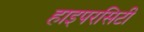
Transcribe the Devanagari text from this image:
हाइपरसिटी